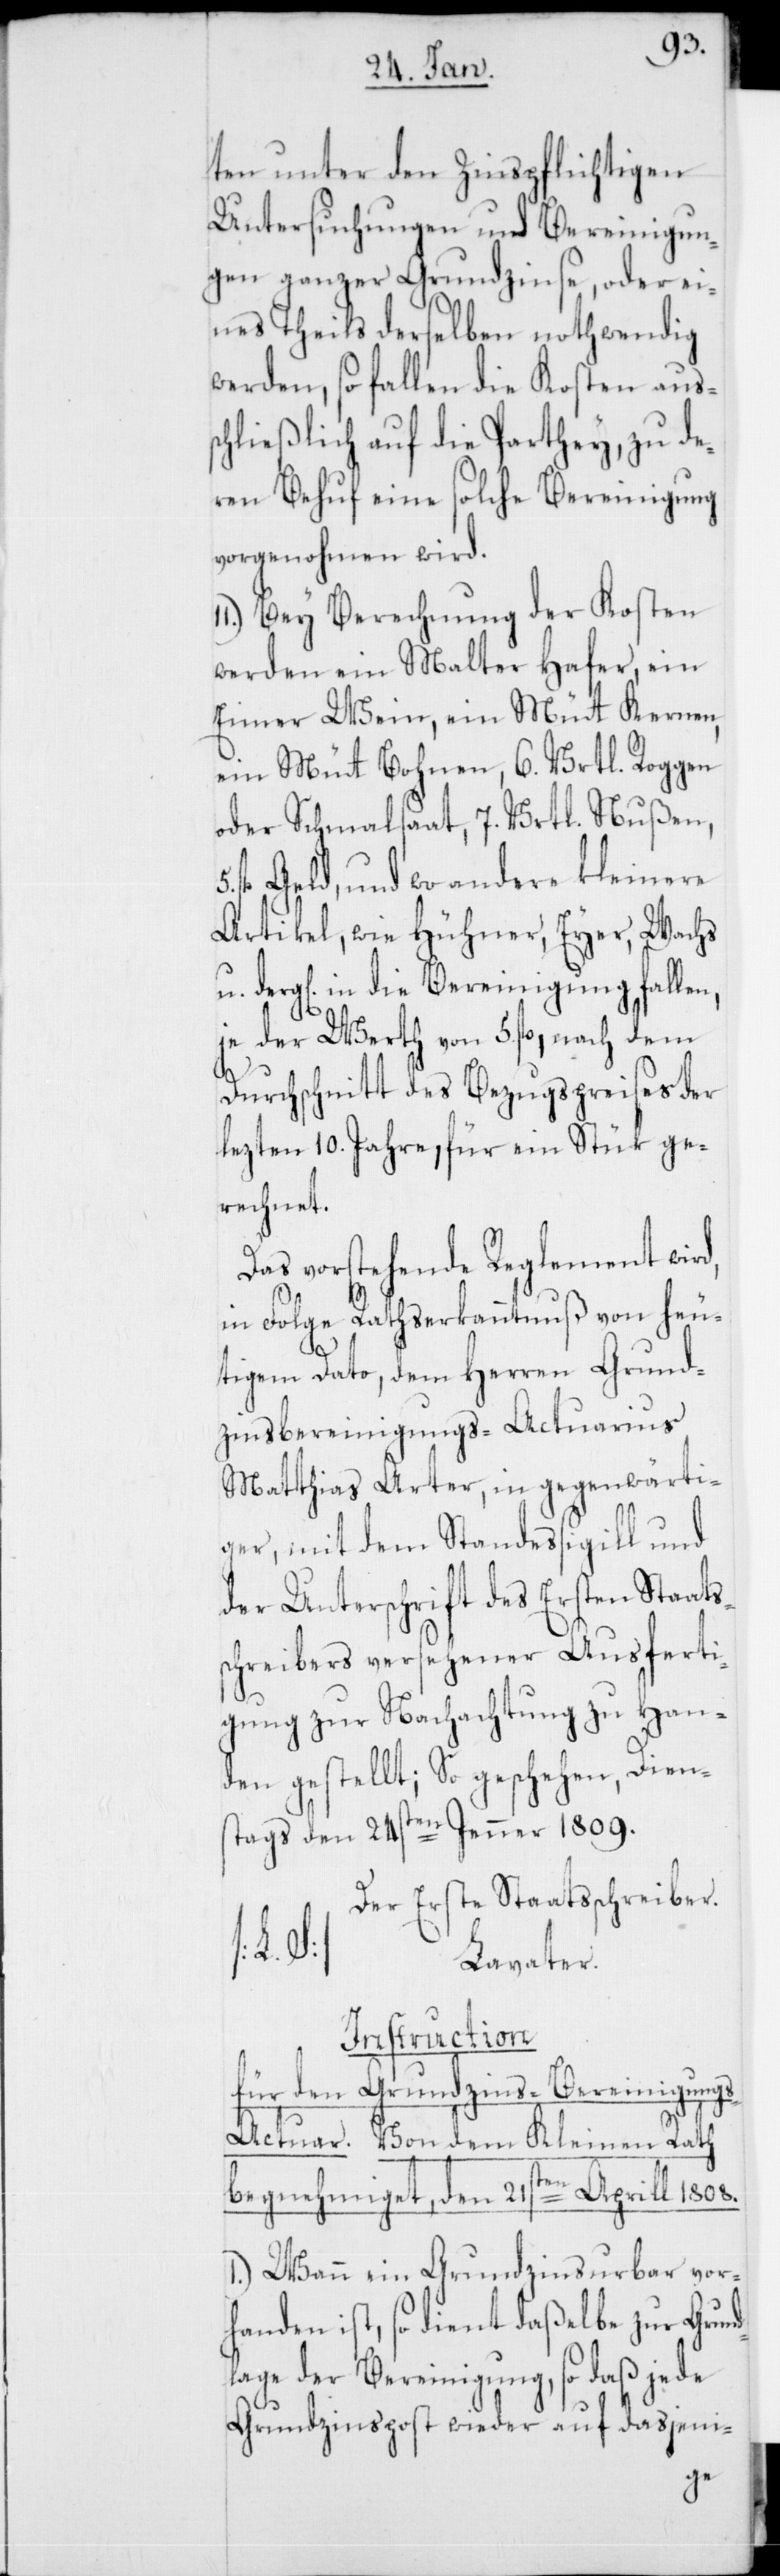
ten unter den Zinspflichtigen
Untersuchungen und Bereinigun¬
gen ganzer Grundzinse, oder ei¬
nes Theils derselben nothwendig
werden, so fallen die Kosten auss¬
chließlich auf die Parthey, zu de¬
ren Behuf eine solche Bereinigung
vorgenohmen wird.
11.) Bei Berechnung der Kosten
werden ein Malter Hafer, ein
Eimer Wein, ein Müt Kernen,
ein Müt Bohnen, 6. Vrtl. Roggen
oder Schmahlsaat, 7. Vrtl. Nußen,
fl. Geld, und wo andere kleinere
Artikel, wie Hühner, Eyer, Wachs
hen] in die Bereinigung fallen,
je der Werth von 5 fl., nach dem
Durchschnitt des Bezugspreises der
lezten 10. Jahre, für ein Stück ge¬
rechnet.
Das vorstehende Reglement wir¬
d,
in Folge Ratserkanntnuß von heu¬
tigem Dato, dem Herren Grund¬
zinsbereinigungs-Actuarius
Matthias Arter, in gegenwärti¬
ger, mit dem Standessigill und
der Unterschrift des Ersten Staats¬
schreibers versehener Ausferti¬
gung zur Nachachtung zu Han¬
den gestellt; So geschehen, Dien¬
stags den 24sten Jenner 1809.
Der erste Staatsschreiber.
[L.
Lavater.
Instruction
für den Grundzins-Bereinigung¬
s-Actuar. Von dem Kleinen Rath
begnehmiget, den 21sten Aprill 1808.
1.) Wann ein Grundzinsurbar vor¬
handen ist, so dient daßelbe zur Grund¬
lage der Bereinigung, so daß jede
Grundzinspost wieder auf dasjeni-